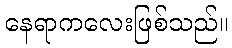
နေရာကလေးဖြစ်သည်။